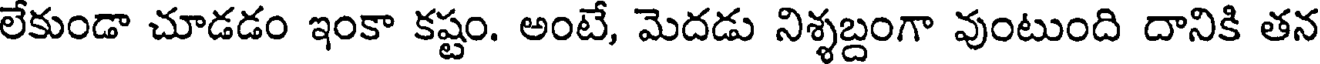
లేకుండా చూడడం ఇంకా కష్టం. అంటే, మెదడు నిశ్శబ్దంగా వుంటుంది దానికి తన